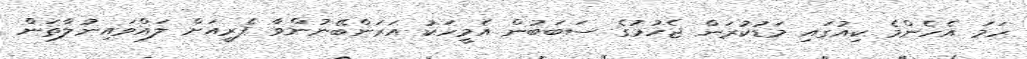
ހަމަ އެހެންމެ ކިއުގައި މަޑުކުރަން ޖެހުމުގެ ސަބަބުން އެމީހަކު އަރަންބޭނުންވާ ފެރީއަށް ލައްވައިނުލާތަން